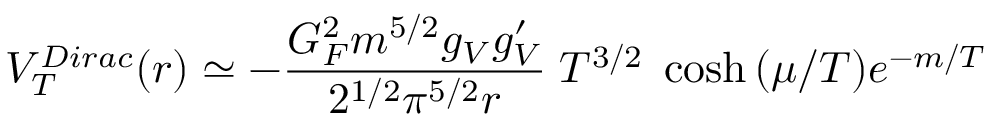
V _ { T } ^ { D i r a c } ( r ) \simeq - { \frac { G _ { F } ^ { 2 } m ^ { 5 / 2 } g _ { V } g _ { V } ^ { \prime } } { 2 ^ { 1 / 2 } \pi ^ { 5 / 2 } r } } \; T ^ { 3 / 2 } \; \cosh { ( \mu / T ) } e ^ { - m / T }